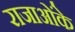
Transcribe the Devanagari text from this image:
राजाओंके